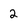
Character: 2